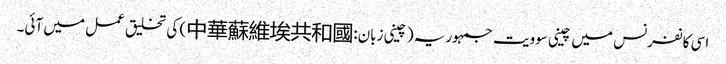
اسی کانفرنس میں چینی سوویت جمہوریہ (چینی زبان:中華蘇維埃共和國) کی تخلیق عمل میں آئی۔